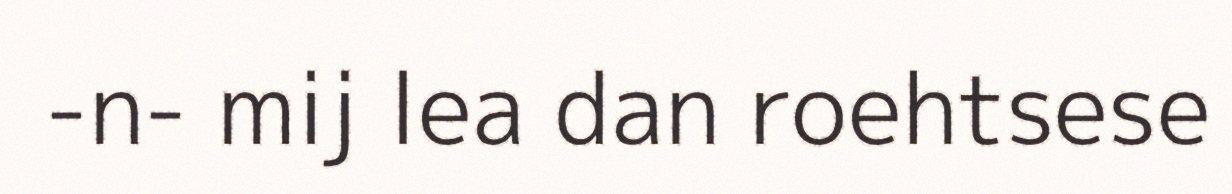
-n- mij lea dan roehtsese